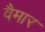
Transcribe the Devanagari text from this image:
वैमार